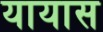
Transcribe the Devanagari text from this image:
यायास